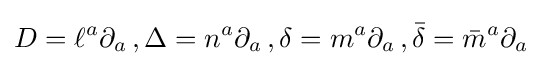
D=\ell ^{a}\partial _{a}\,,\Delta =n^{a}\partial _{a}\,,\delta =m^{a}\partial _{a}\,,{\bar {\delta }}={\bar {m}}^{a}\partial _{a}